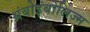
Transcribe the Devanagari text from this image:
थ्रंबोइंबोलिज्म